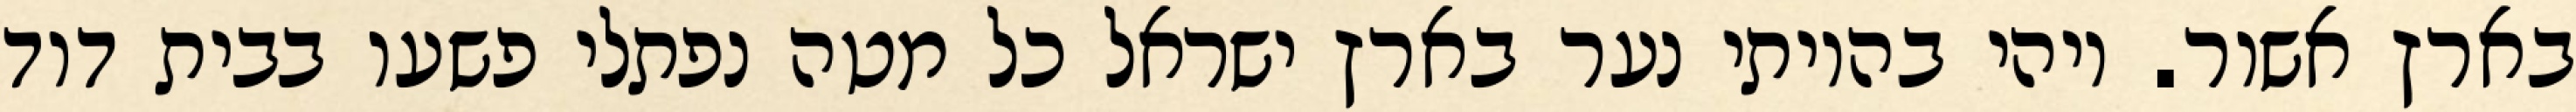
בארץ אשור. ויהי בהיותי נער בארץ ישראל כל מטה נפתלי פשעו בבית דוד